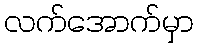
လက်အောက်မှာ